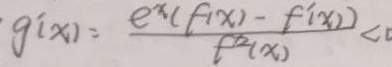
g ^ { \prime } ( x ) = \frac { e ^ { x } ( f ( x ) - f ^ { \prime } ( x ) ) } { f ^ { 2 } ( x ) } < 0